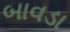
બાવડા